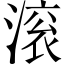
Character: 滚